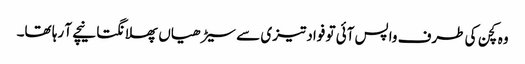
وہ کچن کی طرف واپس آئی تو فواد تیزی سے سیڑھیاں پھلانگتا نیچے آ رہا تھا۔